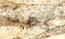
كنت